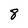
Character: 8